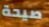
صيحة